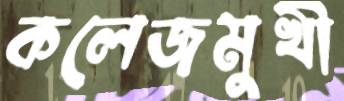
কলেজমুখী